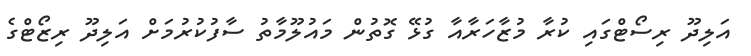
އަލިދޫ ރިސޯޓްގައި ކުރާ މުޒާހަރާއާ ގުޅޭ ގޮތުން މައުލޫމާތު ސާފުކުރުމަށް އަލިދޫ ރިޒޯޓްގެ